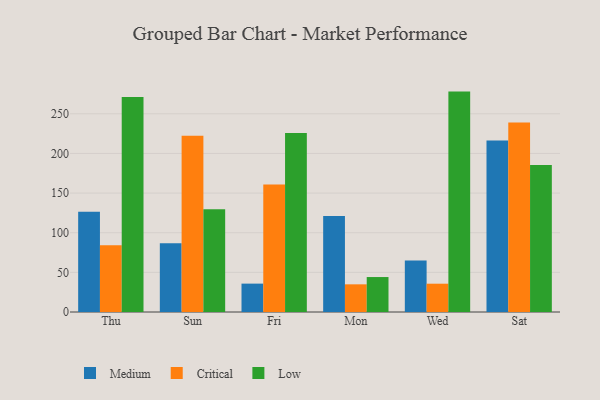
{"axis": {"x": "Day", "y": "Shipments"}, "legend": ["Critical", "Low", "Medium"], "data": [{"x": "Thu", "y": 126.5, "type": "Medium"}, {"x": "Thu", "y": 84.3, "type": "Critical"}, {"x": "Thu", "y": 271.1, "type": "Low"}, {"x": "Sun", "y": 86.6, "type": "Medium"}, {"x": "Sun", "y": 222.3, "type": "Critical"}, {"x": "Sun", "y": 129.5, "type": "Low"}, {"x": "Fri", "y": 35.8, "type": "Medium"}, {"x": "Fri", "y": 160.7, "type": "Critical"}, {"x": "Fri", "y": 225.8, "type": "Low"}, {"x": "Mon", "y": 121.1, "type": "Medium"}, {"x": "Mon", "y": 34.9, "type": "Critical"}, {"x": "Mon", "y": 44.1, "type": "Low"}, {"x": "Wed", "y": 64.9, "type": "Medium"}, {"x": "Wed", "y": 35.7, "type": "Critical"}, {"x": "Wed", "y": 278.0, "type": "Low"}, {"x": "Sat", "y": 216.3, "type": "Medium"}, {"x": "Sat", "y": 239.1, "type": "Critical"}, {"x": "Sat", "y": 185.4, "type": "Low"}]}